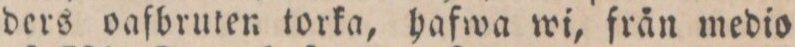
ders oafbruten torka, hafwa wi, från medio